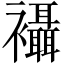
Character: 襵